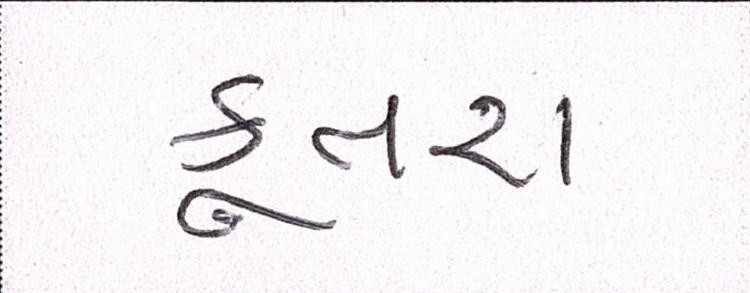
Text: કૂતરા